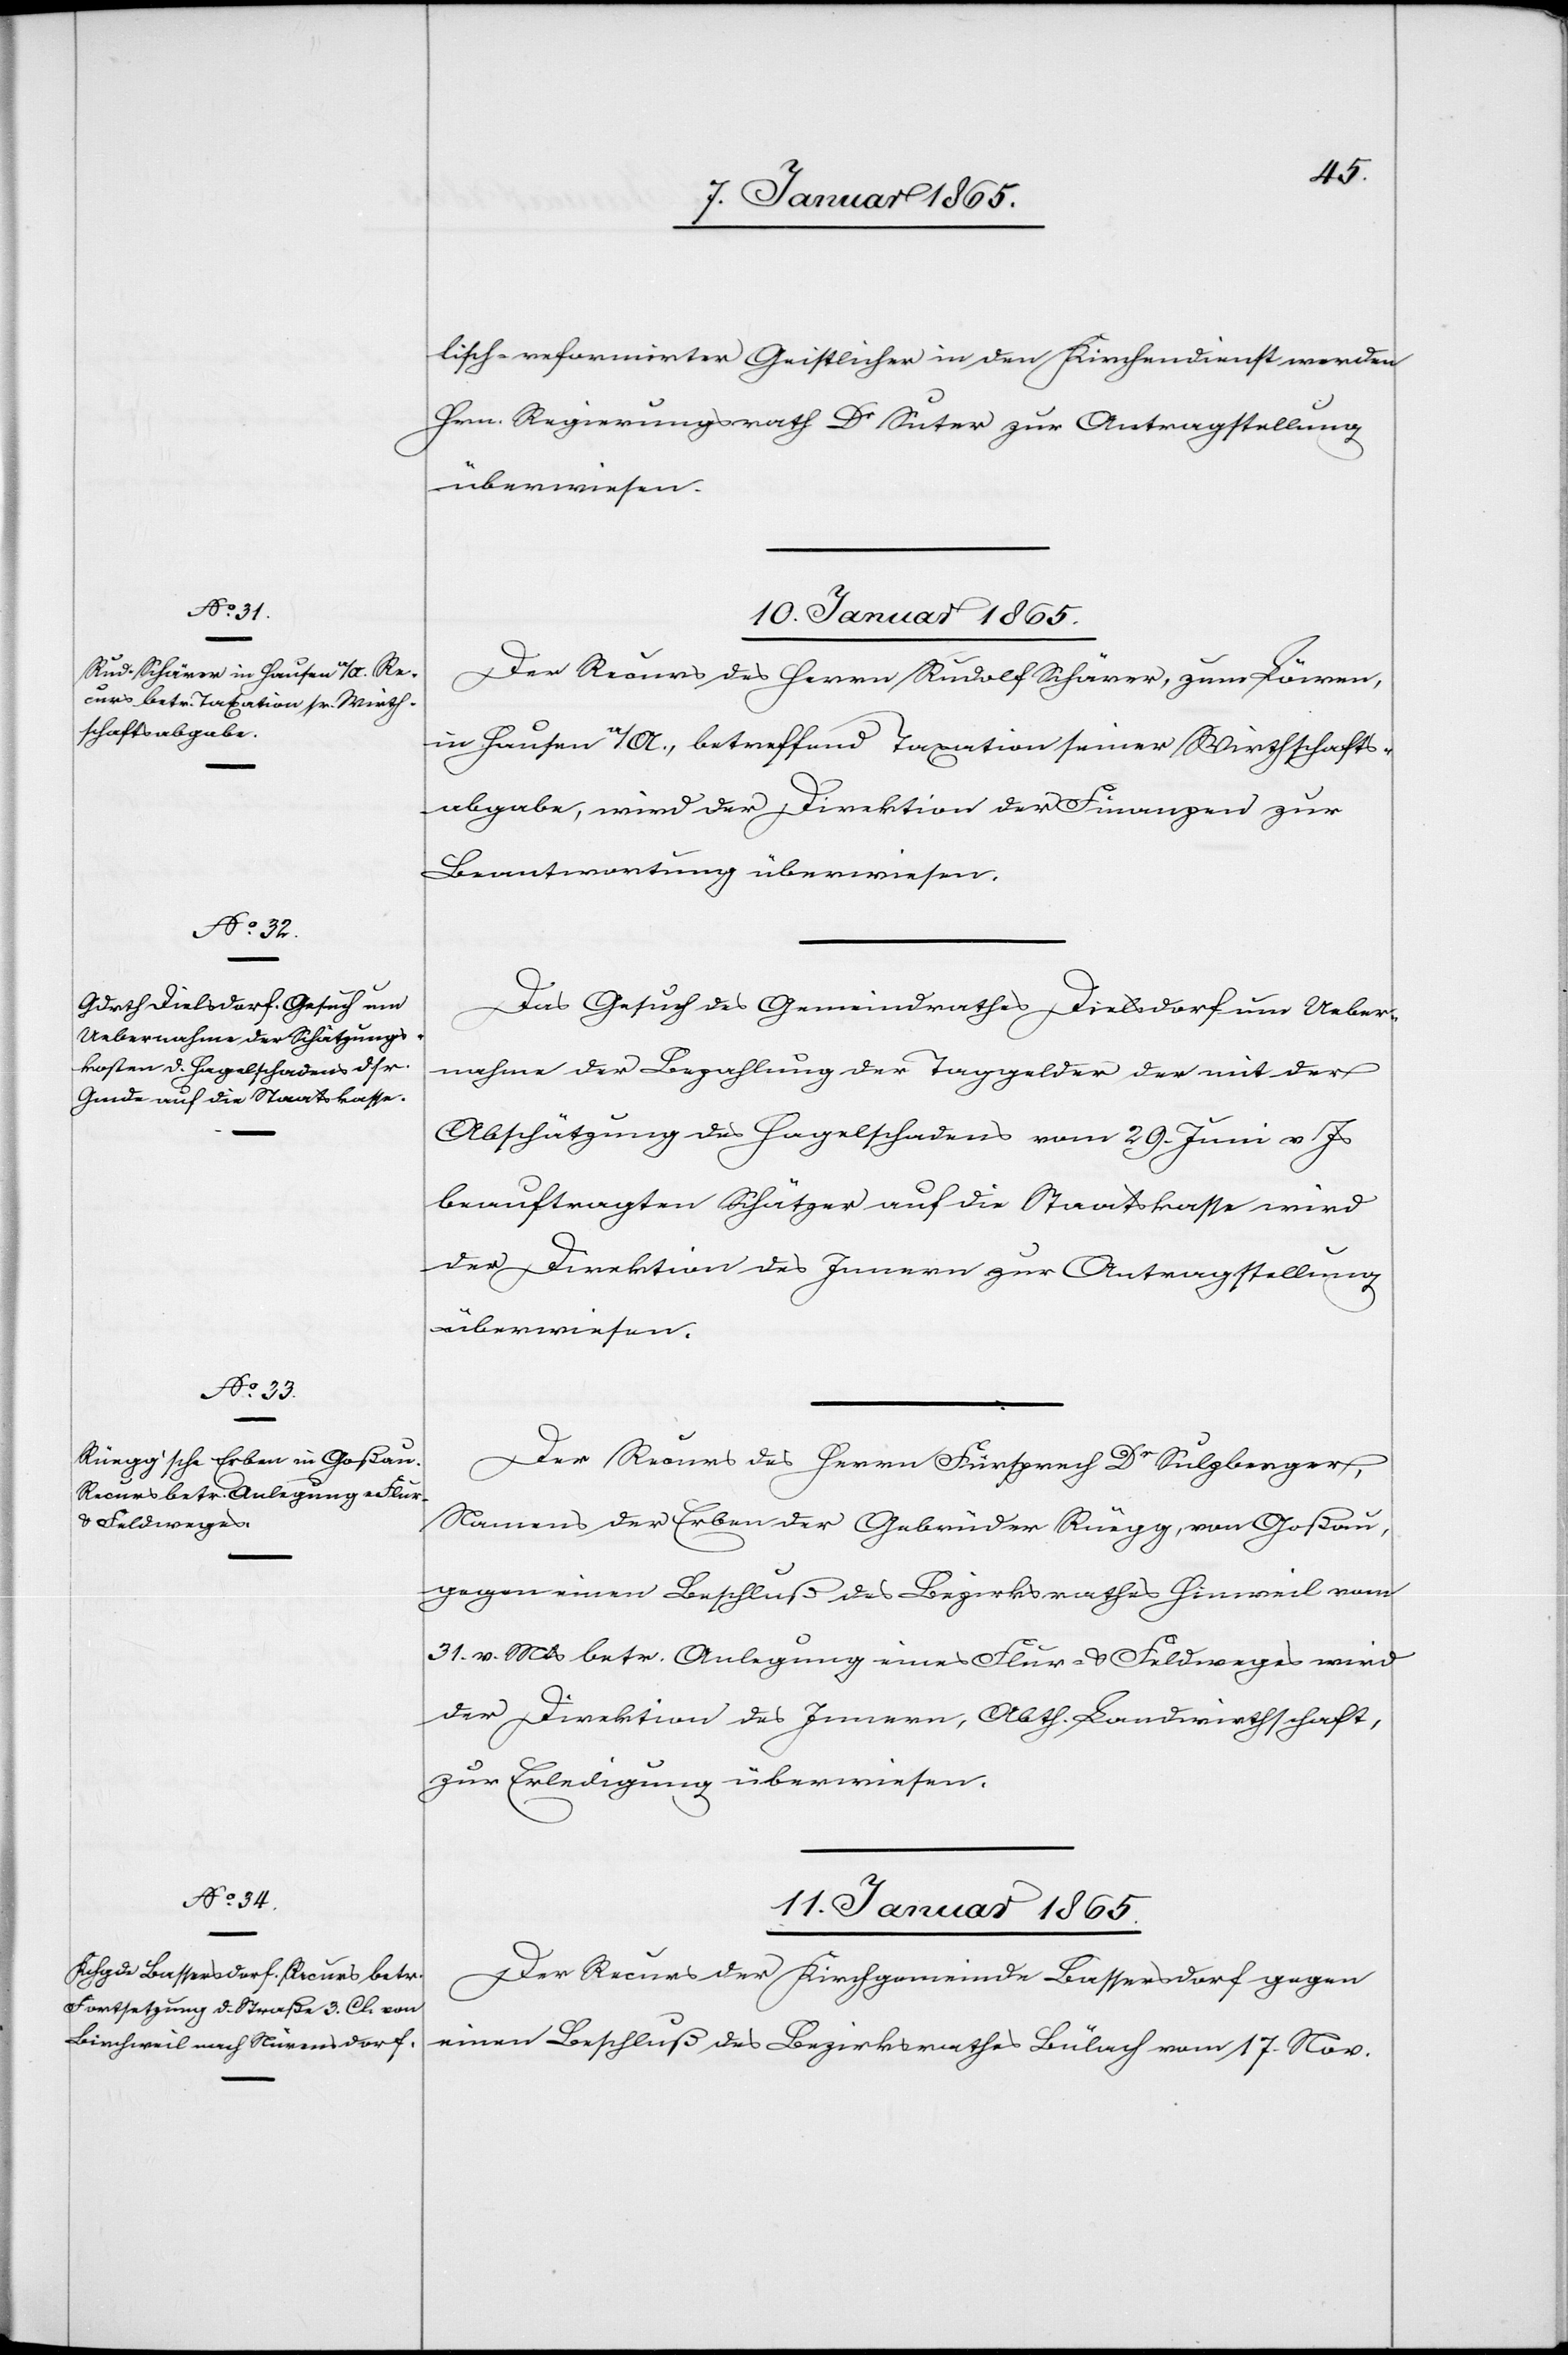
lisch-reformirter Geistlicher in den Kirchendienst werden
Hrn. Regierungsrath Dr Suter zur Antragstellung
überwiesen.
10. Januar 1865.]
Der Recurs des Herrn Rudolf Schärer, zum Löwen,
in Hausen a/A., betreffend Taxation seiner Wirthschafts¬
abgabe, wird der Direktion der Finanzen zur
Beantwortung überwiesen.
Das Gesuch des Gemeindrathes Dielsdorf um Ueber¬
nahme der Bezahlung der Taggelder der mit der
Abschätzung des Hagelschadens vom 29. Juni v. Js
beauftragten Schätzer auf die Staatskasse wird
der Direktion des Innern zur Antragstellung
überwiesen.
Der Recurs des Herrn Fürsprech Dr Sulzberger,
Namens der Erben der Gebrüder Rüegg, von Goßau,
gegen einen Beschluß des Bezirksrathes Hinweil vom
31. v. Mts betr. Anlegung eines Flur- u. Feldweges wird
der Direktion des Innern, Abth. Landwirthschaft,
zur Erledigung überwiesen.
11. Januar 1865.
Der Recurs der Kirchgemeinde Bassersdorf gegen
einen Beschluß des Bezirksrathes Bülach vom 17. Nov.